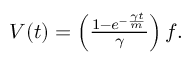
\begin{array} { r } { V ( t ) = \left( { \frac { 1 - e ^ { - { \frac { \gamma t } { m } } } } { \gamma } } \right) f . } \end{array}